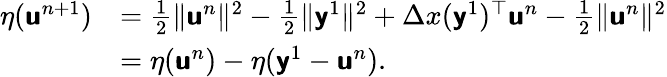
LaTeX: \begin{array}{rl}{\eta(\mathbf{\boldsymbol{\mathsf{u}}}^{n+1})}&{=\frac{1}{2}\| \mathbf{\boldsymbol{\mathsf{u}}}^{n}\| ^{2}-\frac{1}{2}\| \mathbf{\boldsymbol{\mathsf{y}}}^{1}\| ^{2}+\Delta x(\mathbf{\boldsymbol{\mathsf{y}}}^{1})^{\top}\mathbf{\boldsymbol{\mathsf{u}}}^{n}-\frac{1}{2}\| \mathbf{\boldsymbol{\mathsf{u}}}^{n}\| ^{2}}\\ &{=\eta(\mathbf{\boldsymbol{\mathsf{u}}}^{n})-\eta(\mathbf{\boldsymbol{\mathsf{y}}}^{1}-\mathbf{\boldsymbol{\mathsf{u}}}^{n}).}\end{array}